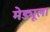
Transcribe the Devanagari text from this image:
मेड्यूला